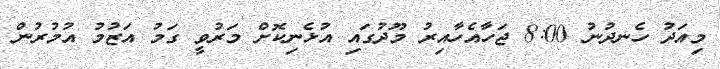
މިއަދު ހެނދުނު 8:00 ޖަހާއެހާއިރު މޫދުގައި އުޅެނިކޮށް މަރުވީ ގަމު އަޒުމު އުމުރުން